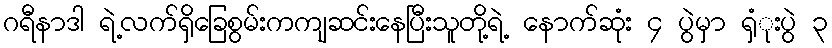
ဂရီနာဒါ ရဲ့လက်ရှိခြေစွမ်းကကျဆင်းနေပြီးသူတို့ရဲ့ နောက်ဆုံး ၄ ပွဲမှာ ရှံုးပွဲ ၃